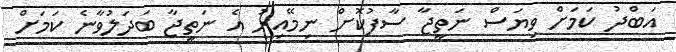
އަބްދު ކަމަށް ވިޔަސް ނަތީޖާ ސާފުކޮށް ނިމޭއިރު އެ ނަތީޖާ ބަދަލުވާނެ ކަމަށް